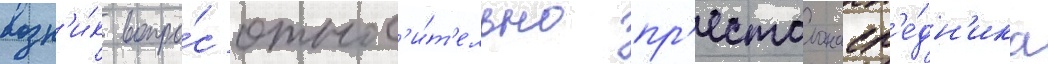
возн'и́к вопро́с относ'и́т'ельно пр'естолонасл'е́дн'ика